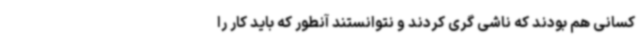
کسانی هم بودند که ناشی گری کردند و نتوانستند آنطور که باید کار را